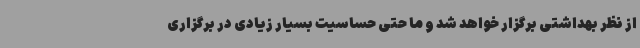
از نظر بهداشتی برگزار خواهد شد و ما حتی حساسیت بسیار زیادی در برگزاری